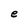
Character: e